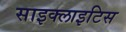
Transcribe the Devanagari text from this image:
साइक्लाइटिस